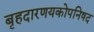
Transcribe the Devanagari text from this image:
बृहदारणयकोपनिषद